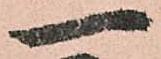
一